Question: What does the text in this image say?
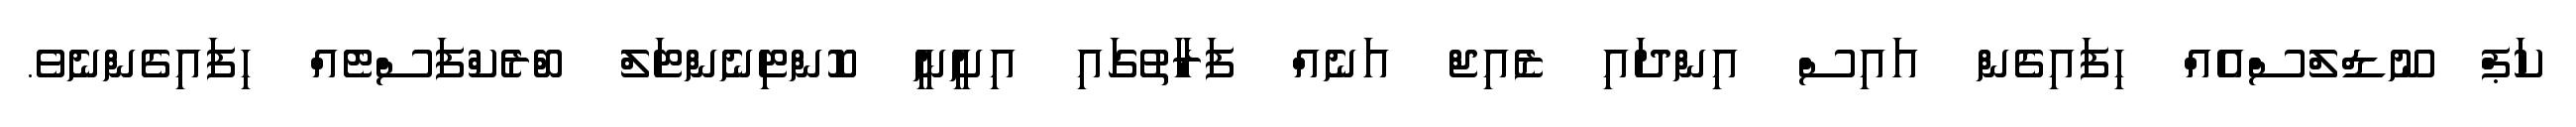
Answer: ކަޕް ނޫޑްލްސްއެއް ހިފައިގެން އައިސް އިންދައި ޒެއިޖް އަނެއް ފަރާތުގައި އިށީނީ ކޮންޓިނެންޓަލް ބްރެކްފަސްޓެއް ހިފައިގެންނެވެ.